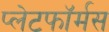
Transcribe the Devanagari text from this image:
प्लेटफॉर्मस